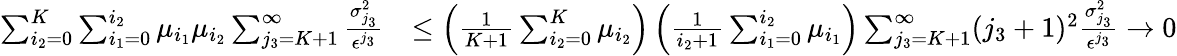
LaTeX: \begin{array}{rl}{\sum_{i_{2}=0}^{K}\sum_{i_{1}=0}^{i_{2}}\mu_{i_{1}}\mu_{i_{2}}\sum_{j_{3}=K+1}^{\infty}\frac{\sigma_{j_{3}}^{2}}{\epsilon^{j_{3}}}}&{\leq\left(\frac{1}{K+1}\sum_{i_{2}=0}^{K}\mu_{i_{2}}\right)\left(\frac{1}{i_{2}+1}\sum_{i_{1}=0}^{i_{2}}\mu_{i_{1}}\right)\sum_{j_{3}=K+1}^{\infty}(j_{3}+1)^{2}\frac{\sigma_{j_{3}}^{2}}{\epsilon^{j_{3}}}\rightarrow 0}\end{array}